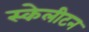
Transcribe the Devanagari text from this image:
स्केलीटन